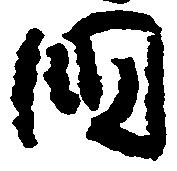
国